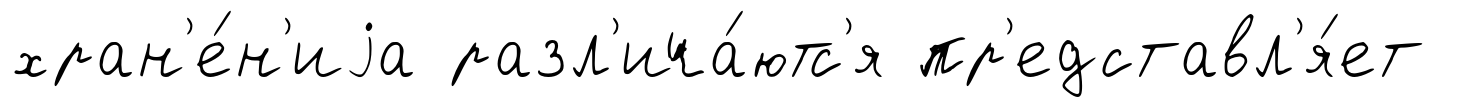
хран'е́н'иjа разл'ича́ютс'я пр'едставл'я́ет